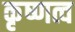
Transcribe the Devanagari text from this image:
कृष्णत्व